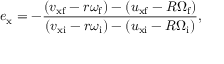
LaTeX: e _ { \mathrm { x } } = - { \frac { ( v _ { \mathrm { x f } } - r \omega _ { \mathrm { f } } ) - ( u _ { \mathrm { x f } } - R \Omega _ { \mathrm { f } } ) } { ( v _ { \mathrm { x i } } - r \omega _ { \mathrm { i } } ) - ( u _ { \mathrm { x i } } - R \Omega _ { \mathrm { i } } ) } } ,